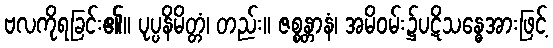
ဗလကိုရခြင်း၏။ ပုပ္ပနိမိတ္တံ၊ တည်း။ ဇစ္စန္တာနံ၊ အမိဝမ်း၌ပဋိသန္ဓေအားဖြင့်